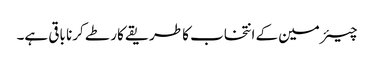
چیئرمین کے انتخاب کا طریقے کار طے کرنا باقی ہے۔